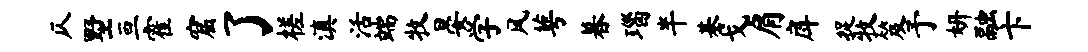
仄墅亘霍窟了槎滇活端牧晏学风萼暮瑙半基戈肩戽捉牧笈予妍融卞